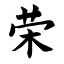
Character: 荣